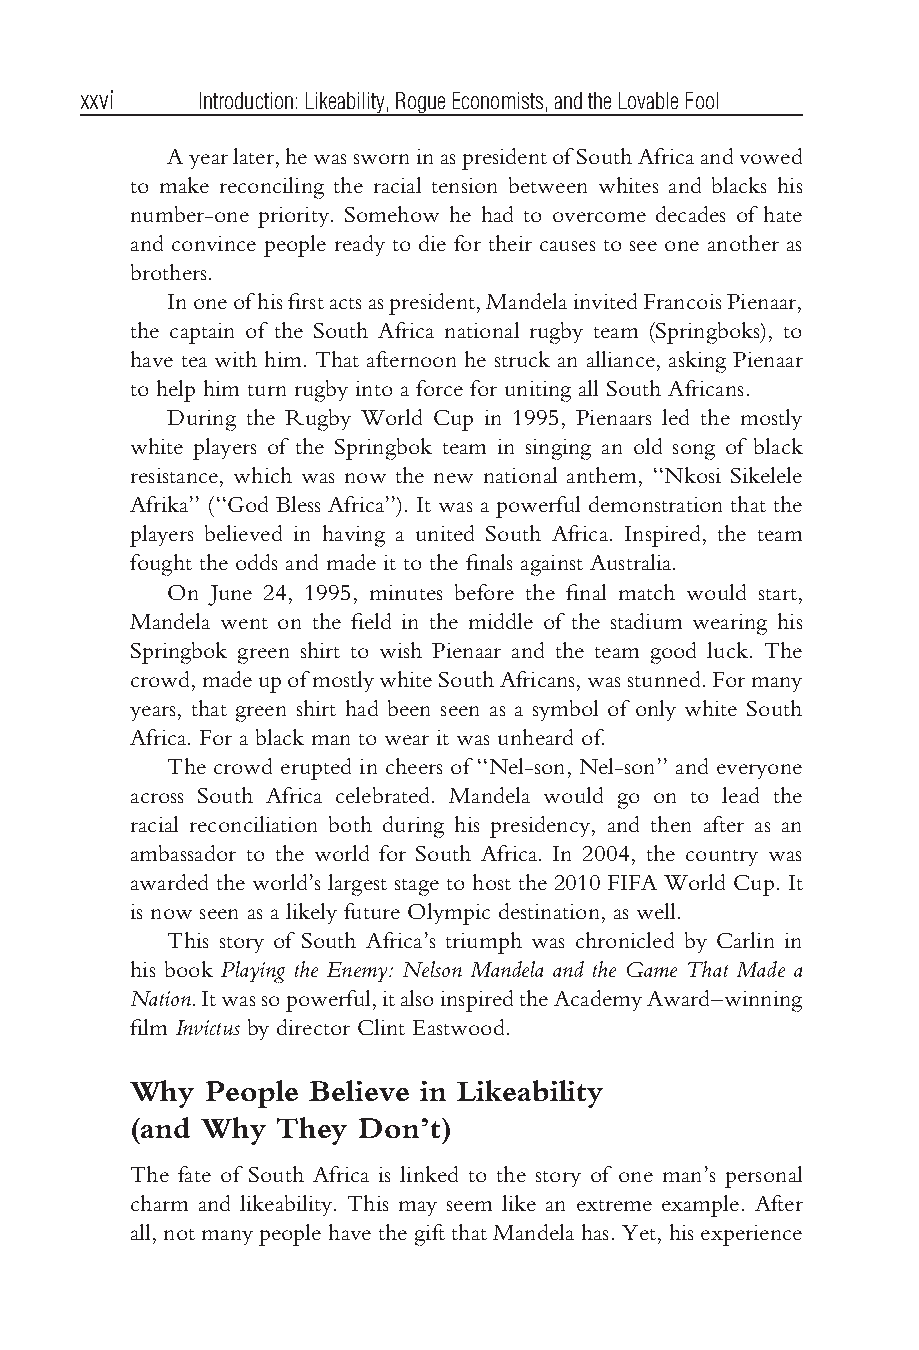
Bhargava flast3.tex V3-04/06/2012 11:22A.M. Pagexxvi
 xxvi    Introduction:Likeability,RogueEconomists,andtheLovableFool
 Ayearlater,hewassworninaspresidentofSouthAfricaandvowed
 to make reconciling the racial tension between whites and blacks his
 number-one priority. Somehow he had to overcome decades of hate
 and convince people ready to die for their causes to see one another as
 brothers.
 Inoneofhisfirstactsaspresident,MandelainvitedFrancoisPienaar,
 the captain of the South Africa national rugby team (Springboks), to
 have tea with him. That afternoon he struck an alliance, asking Pienaar
 to help him turn rugby into a force for uniting all South Africans.
 During the Rugby World Cup in 1995, Pienaars led the mostly
 white players of the Springbok team in singing an old song of black
 resistance, which was now the new national anthem, ‘‘Nkosi Sikelele
 Afrika’’ (‘‘God Bless Africa’’). It was a powerful demonstration that the
 players believed in having a united South Africa. Inspired, the team
 fought the odds and made it to the finals against Australia.
 On June 24, 1995, minutes before the final match would start,
 Mandela went on the field in the middle of the stadium wearing his
 Springbok green shirt to wish Pienaar and the team good luck. The
 crowd,madeupofmostlywhiteSouthAfricans,wasstunned.Formany
 years, that green shirt had been seen as a symbol of only white South
 Africa. For a black man to wear it was unheard of.
 The crowd erupted in cheers of ‘‘Nel-son, Nel-son’’ and everyone
 across South Africa celebrated. Mandela would go on to lead the
 racial reconciliation both during his presidency, and then after as an
 ambassador to the world for South Africa. In 2004, the country was
 awarded the world’s largest stage to host the 2010 FIFA World Cup. It
 is now seen as a likely future Olympic destination, as well.
 This story of South Africa’s triumph was chronicled by Carlin in
 his book Playing the Enemy: Nelson Mandela and the Game That Made a
 Nation.Itwassopowerful,italsoinspiredtheAcademyAward–winning
 film Invictus by director Clint Eastwood.
 Why  People Believe in Likeability
 (and Why  They Don’t)
 The fate of South Africa is linked to the story of one man’s personal
 charm and likeability. This may seem like an extreme example. After
 all,notmanypeoplehavethegiftthatMandelahas.Yet,hisexperience